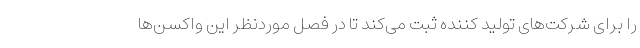
را برای شرکت‌های تولید کننده ثبت می‌کند تا در فصل موردنظر این واکسن‌ها